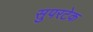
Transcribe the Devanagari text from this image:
सुपरटेक